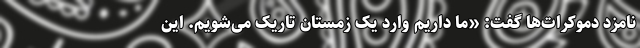
نامزد دموکرات‌ها گفت: «ما داریم وارد یک زمستان تاریک می‌شویم. این